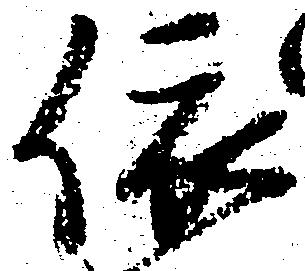
依